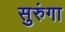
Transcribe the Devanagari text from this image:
सुरुंगा